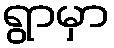
ရွာမှာ